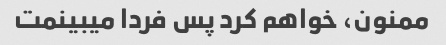
ممنون، خواهم کرد پس فردا میبینمت